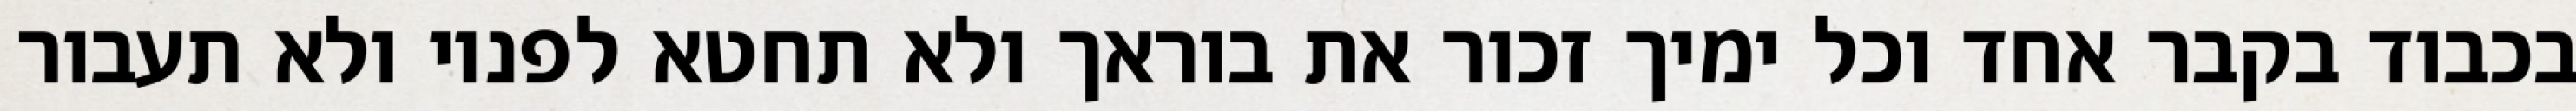
בכבוד בקבר אחד וכל ימיך זכור את בוראך ולא תחטא לפניו ולא תעבור